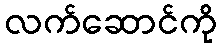
လက်ဆောင်ကို